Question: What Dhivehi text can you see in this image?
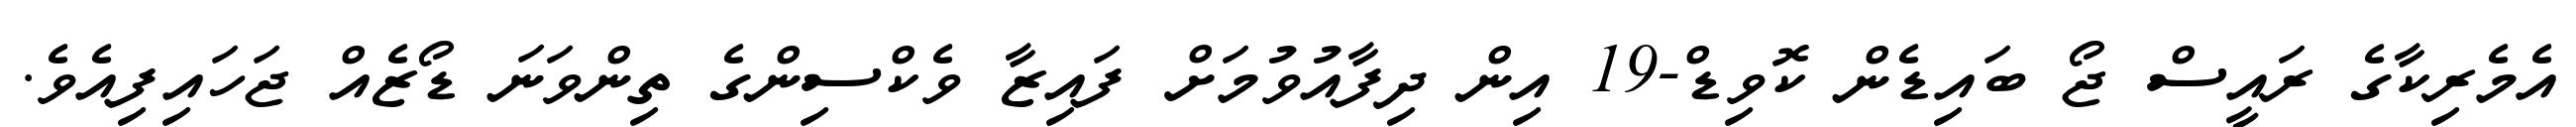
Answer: އެމެރިކާގެ ރައީސް ޖޯ ބައިޑެން ކޮވިޑް-19 އިން ދިފާއުވުމަށް ފައިޒާ ވެކްސިންގެ ތިންވަނަ ޑޯޒެއް ޖަހައިފިއެވެ.